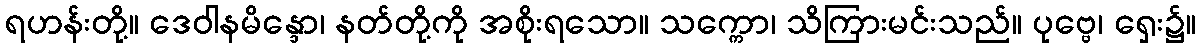
ရဟန်းတို့။ ဒေဝါနမိန္ဒော၊ နတ်တို့ကို အစိုးရသော။ သက္ကော၊ သိကြားမင်းသည်။ ပုဗ္ဗေ၊ ရှေး၌။